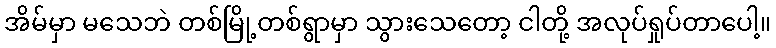
အိမ်မှာ မသေဘဲ တစ်မြို့တစ်ရွာမှာ သွားသေတော့ ငါတို့ အလုပ်ရှုပ်တာပေါ့။